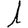
Digit: 1